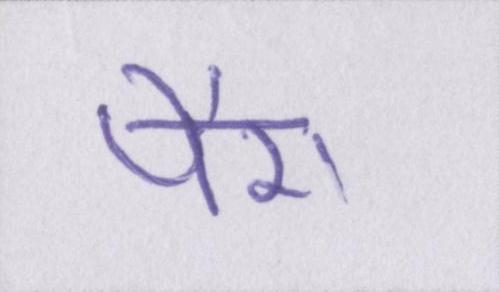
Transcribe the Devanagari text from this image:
पैरा